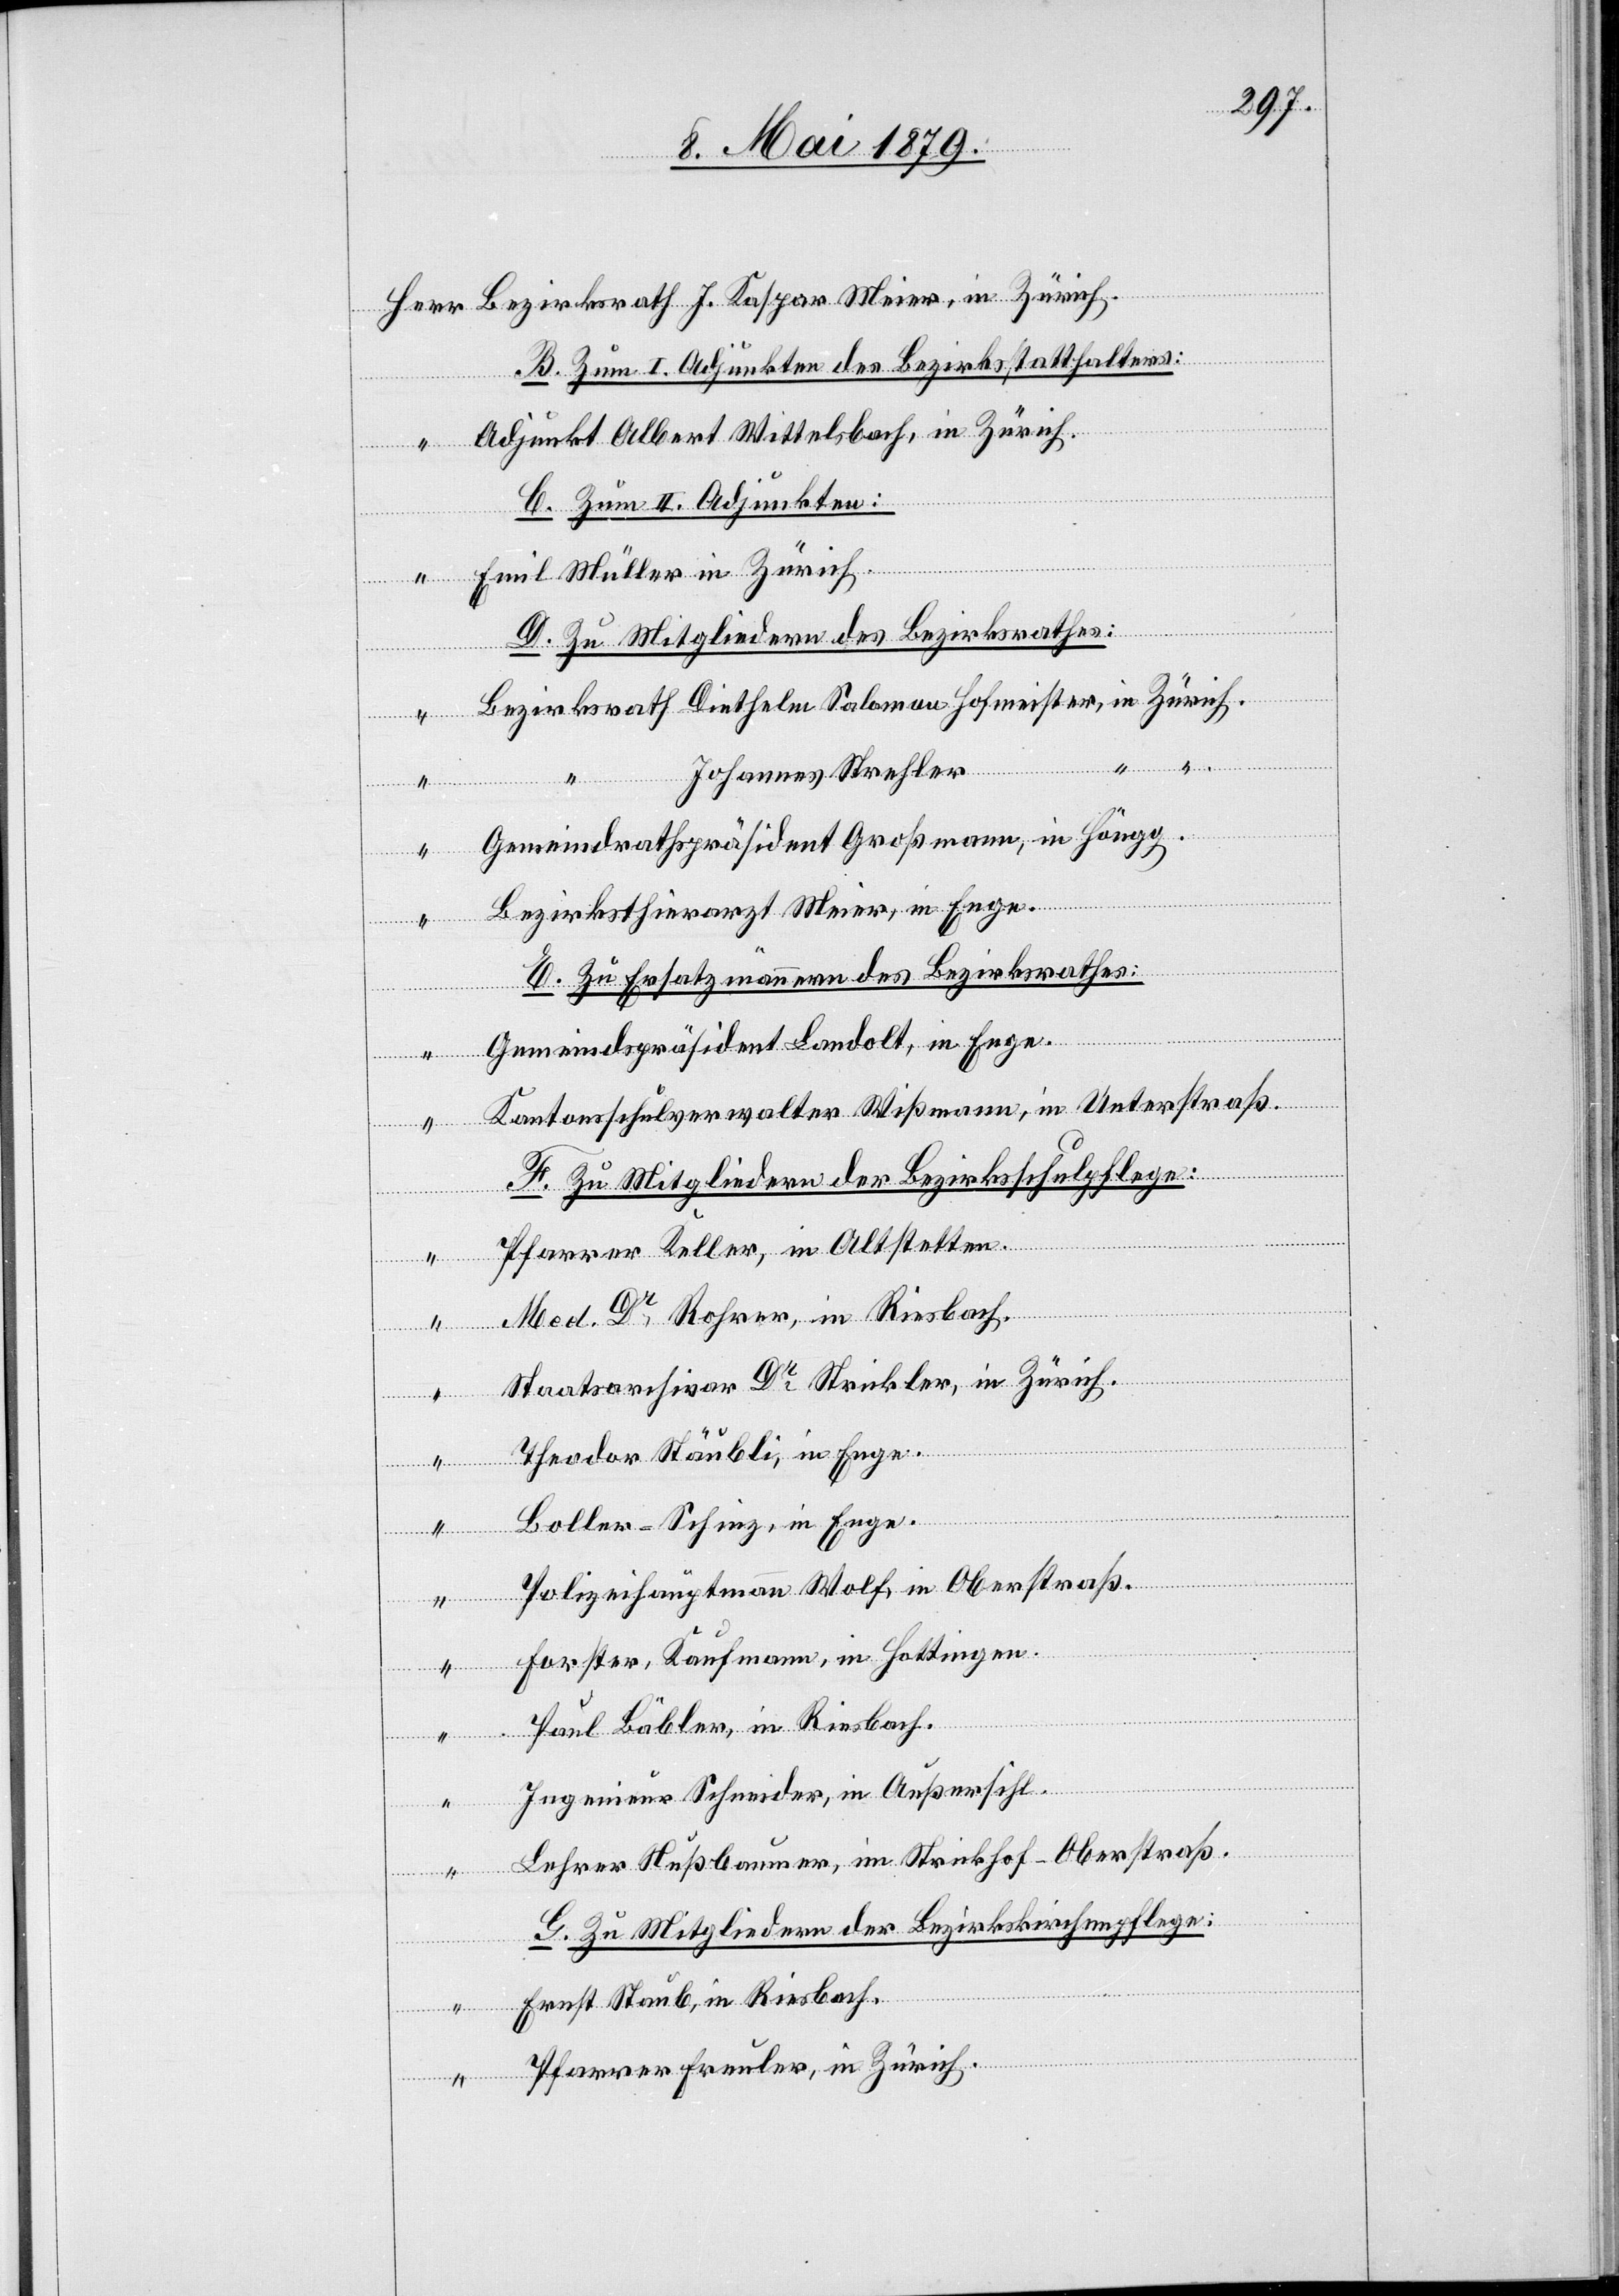
B. Zum I. Adjunkten des Bezirksstatthalters:
Adjunkt Albert Wittelsbach, in Zürich.
C. Zum II. Adjunkten:
Emil Müller in Zürich.
D. Zu Mitgliedern des Bezirksrathes:
Bezirksrath Diethelm Salomon Hofmeister, in Zürich.
J.
Kas¬
Johannes Strehler
Gemeindrathspräsident Großmann, in Höngg.
Bezirksthierarzt Meier, in Enge.
E. Zu Ersatzmännern des Bezirksrathes:
Gemeindspräsident Landolt, in Enge.
“
Kantonsschulverwalter Wißmann, in Unterstraß.
F. Zu Mitgliedern der Bezirksschulpflege:
Pfarrer Keller, in Altstetten.
“
Med Dr Rohrer, in Riesbach.
in
Staatsarchivar Dr Strickler, in Zürich.
Theodor Stäubli, in Enge.
Boller-Schinz, in Enge.
Zürich.
Polizeihauptmann Wolf, in Oberstraß.
Forster, Kaufmann, in Hottingen.
“
Paul Bäbler, in Riesbach.
Ingenieur Schneider, in Außersihl.
“
Lehrer Nußbaumer, im Strickhof - Oberstraß.
G. Zu Mitgliedern der Bezirkskirchenpflege:
Ernst Staub, in Riesbach.
Pfarrer Freuler, in Zürich.